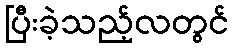
ပြီးခဲ့သည့်လတွင်